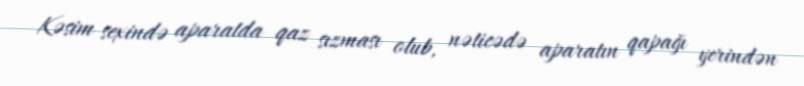
Kəsim sexində aparatda qaz sızması olub, nəticədə aparatın qapağı yerindən